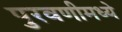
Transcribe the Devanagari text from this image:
पुरवणीमध्ये